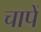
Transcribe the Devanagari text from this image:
चापें